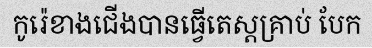
កូរ៉េខាងជើងបានធ្វើតេស្តគ្រាប់ បែក